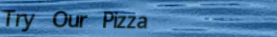
Try Our Pizza